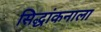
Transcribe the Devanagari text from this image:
सिद्धांकनाला